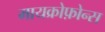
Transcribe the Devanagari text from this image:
मायक्रोफ़ोन्स